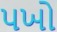
પખો